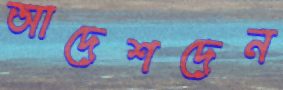
আদেশদেন